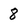
Character: 8